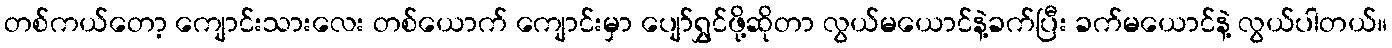
တစ်ကယ်တော့ ကျောင်းသားလေး တစ်ယောက် ကျောင်းမှာ ပျော်ရွှင်ဖို့ဆိုတာ လွယ်မယောင်နဲ့ခက်ပြီး ခက်မယောင်နဲ့ လွယ်ပါတယ်။